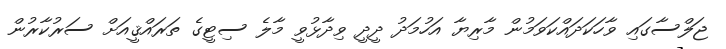
ޖަލްސާގައި ވާހަކަދައްކަވަމުން މާރިޔާ އަހުމަދު ދީދީ ވިދާޅުވީ މާލެ ސިޓީގެ ތަރައްޤީއަށް ސަރުކާރުން